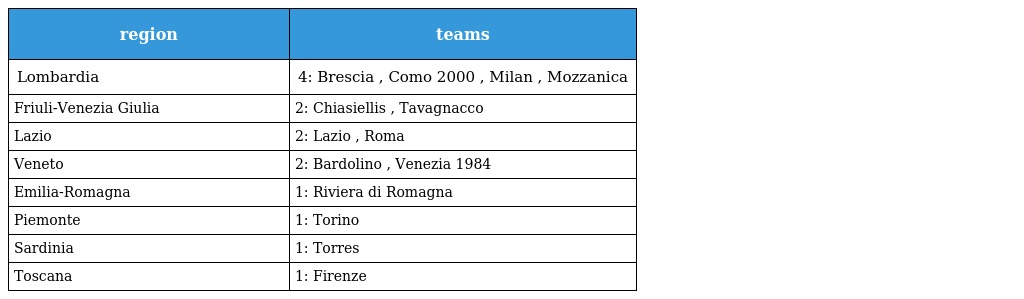
| region | teams |
 | --- | --- |
 | Lombardia | 4: Brescia , Como 2000 , Milan , Mozzanica |
 | Friuli-Venezia Giulia | 2: Chiasiellis , Tavagnacco |
 | Lazio | 2: Lazio , Roma |
 | Veneto | 2: Bardolino , Venezia 1984 |
 | Emilia-Romagna | 1: Riviera di Romagna |
 | Piemonte | 1: Torino |
 | Sardinia | 1: Torres |
 | Toscana | 1: Firenze |